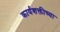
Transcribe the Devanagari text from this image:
कार्यशक्तीच्या